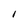
Character: I